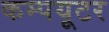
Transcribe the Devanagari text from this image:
कम्पयूटर